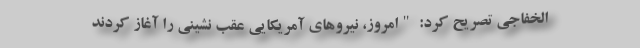
الخفاجی تصریح کرد: "امروز، نیروهای آمریکایی عقب نشینی را آغاز کردند